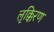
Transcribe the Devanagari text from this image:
लृक्किरण